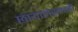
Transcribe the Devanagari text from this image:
छायालेखनही